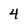
Character: 4